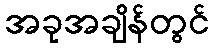
အခုအချိန်တွင်